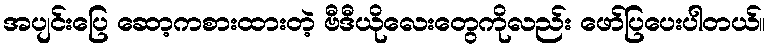
အပျင်းပြေ ဆော့ကစားထားတဲ့ ဗီဒီယိုလေးတွေကိုလည်း ဖော်ပြပေးပါတယ်။